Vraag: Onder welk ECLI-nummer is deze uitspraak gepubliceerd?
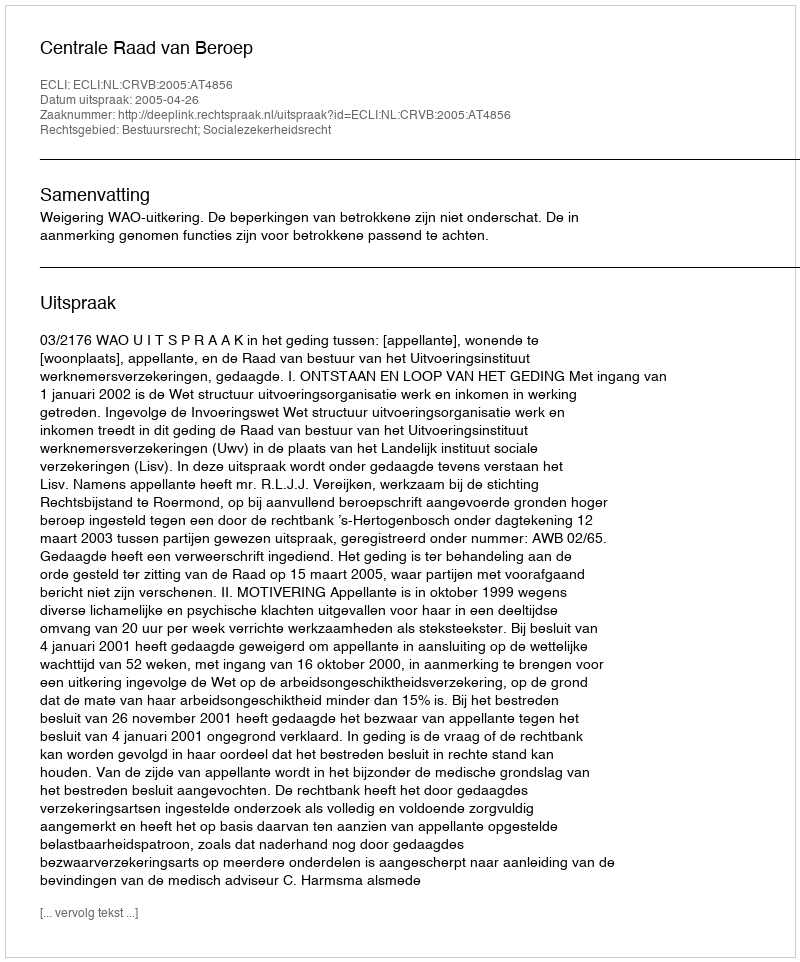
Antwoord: ECLI:NL:CRVB:2005:AT4856